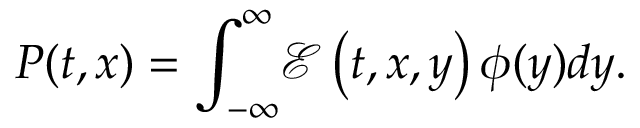
P ( t , x ) = \int _ { - \infty } ^ { \infty } \! { \mathcal E } \left( t , x , y \right) \phi ( y ) { d y } .